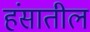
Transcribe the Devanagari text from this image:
हंसातील